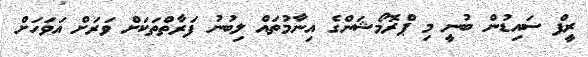
ރީފް ސައިޑުން ބުނީ މި ޕްރޮމޯޝަންގެ އިނާމުތައް ލިބުނު ފަރާތްތަކަށް ވަރަށް އަވަހަށް